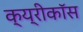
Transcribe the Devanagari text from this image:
क्य्रीकॉस